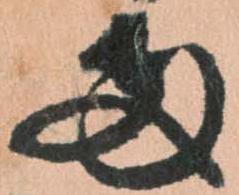
両